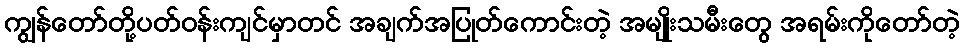
ကျွန်တော်တို့ပတ်ဝန်းကျင်မှာတင် အချက်အပြုတ်ကောင်းတဲ့ အမျိုးသမီးတွေ အရမ်းကိုတော်တဲ့